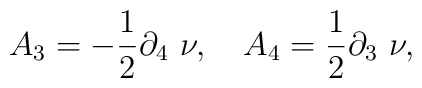
A_{3} = - {1 \over  2} \partial_{4}~\nu,~~~A_{4} ={1 \over  2} \partial_{3}~\nu ,